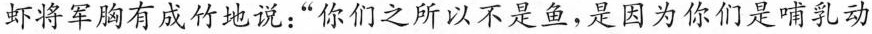
虾将军胸有成竹地说：”你们之所以不是鱼，是因为你们是哺乳动